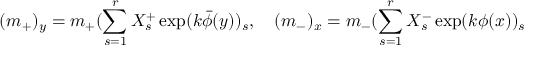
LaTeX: ( m _ { + } ) _ { y } = m _ { + } ( \sum _ { s = 1 } ^ { r } X _ { s } ^ { + } \exp ( k \bar { \phi } ( y ) ) _ { s } , \quad ( m _ { - } ) _ { x } = m _ { - } ( \sum _ { s = 1 } ^ { r } X _ { s } ^ { - } \exp ( k \phi ( x ) ) _ { s }